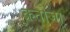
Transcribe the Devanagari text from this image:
क्रतोजा